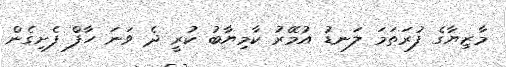
މާޒިޔާގެ ފުރަތަމަ ލަނޑު އުމޭރު ކާމިޔާބު ކުރީ ދެ ވަނަ ހާފް ފެށިގެން